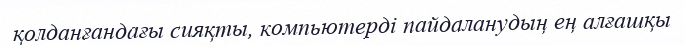
қолданғандағы сияқты, компьютерді пайдаланудың ең алғашқы